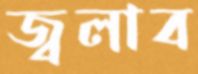
জ্বলাব